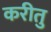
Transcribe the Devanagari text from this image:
करीतु